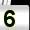
Digit: 5